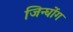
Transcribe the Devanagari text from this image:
जिन्घोंग